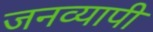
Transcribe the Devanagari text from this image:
जनव्यापी